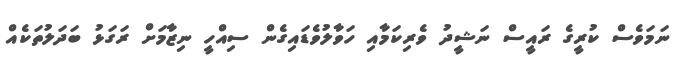
ނަމަވެސް ކުރީގެ ރައީސް ނަޝީދު ވެރިކަމާއި ހަވާލުވެޑައިގެން ސިއްހީ ނިޒާމަށް ރަގަޅު ބަދަލުތަކެއް